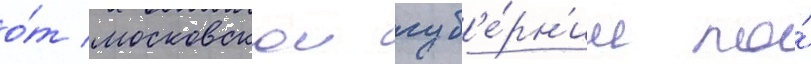
о́т московскои губ'е́рн'ии по́